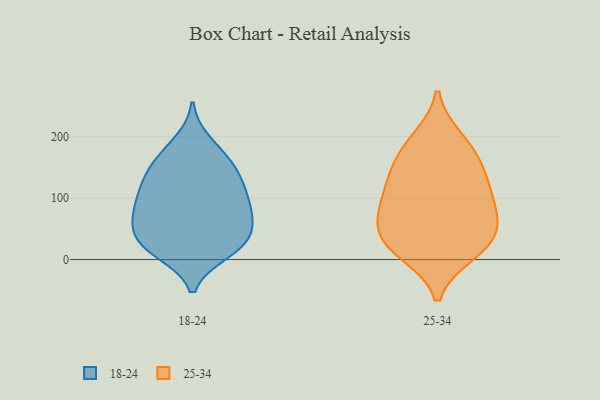
{"axis": {"x": "Headcount", "y": "Value"}, "legend": ["18-24", "25-34"], "data": [{"x": "", "y": 24, "type": "18-24"}, {"x": "", "y": 119, "type": "18-24"}, {"x": "", "y": 149, "type": "18-24"}, {"x": "", "y": 52, "type": "18-24"}, {"x": "", "y": 191, "type": "18-24"}, {"x": "", "y": 81, "type": "18-24"}, {"x": "", "y": 172, "type": "18-24"}, {"x": "", "y": 122, "type": "18-24"}, {"x": "", "y": 12, "type": "18-24"}, {"x": "", "y": 157, "type": "18-24"}, {"x": "", "y": 81, "type": "18-24"}, {"x": "", "y": 93, "type": "18-24"}, {"x": "", "y": 29, "type": "18-24"}, {"x": "", "y": 14, "type": "18-24"}, {"x": "", "y": 109, "type": "18-24"}, {"x": "", "y": 22, "type": "18-24"}, {"x": "", "y": 140, "type": "18-24"}, {"x": "", "y": 79, "type": "18-24"}, {"x": "", "y": 52, "type": "18-24"}, {"x": "", "y": 54, "type": "18-24"}, {"x": "", "y": 40, "type": "25-34"}, {"x": "", "y": 35, "type": "25-34"}, {"x": "", "y": 92, "type": "25-34"}, {"x": "", "y": 144, "type": "25-34"}, {"x": "", "y": 196, "type": "25-34"}, {"x": "", "y": 186, "type": "25-34"}, {"x": "", "y": 13, "type": "25-34"}, {"x": "", "y": 133, "type": "25-34"}, {"x": "", "y": 96, "type": "25-34"}, {"x": "", "y": 66, "type": "25-34"}, {"x": "", "y": 41, "type": "25-34"}, {"x": "", "y": 154, "type": "25-34"}, {"x": "", "y": 93, "type": "25-34"}, {"x": "", "y": 11, "type": "25-34"}]}